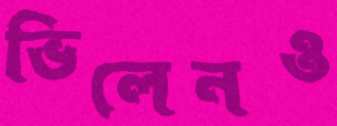
ভিলেনও